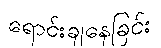
ရောင်းချနေခြင်း